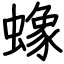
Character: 蟓